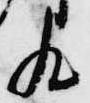
殿